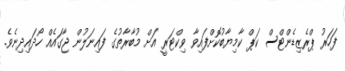
ފަހަރު ޕްރެޒިޑެންޓްސް ކަޕް ކާމިޔާބުކޮށްފައިވާ ވިކްޓަރީ އަށް މުބާރާތުގެ ފައިނަލުން ޖާގައެއް ހޯދައިދިނެވެ.